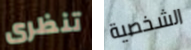
تنظرى الشخصية